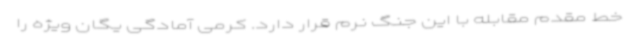
خط مقدم مقابله با این جنگ نرم قرار دارد. کرمی آمادگی یگان ویژه را